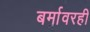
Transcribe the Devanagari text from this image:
बर्मावरही